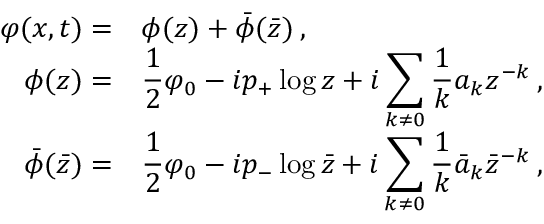
\begin{array} { r l } { { \displaystyle \varphi ( x , t ) = } } & { { \phi ( z ) + \bar { \phi } ( \bar { z } ) \: , } } \\ { { \phi ( z ) = } } & { { \displaystyle \frac { 1 } { 2 } \varphi _ { 0 } - i p _ { + } \log z + i \displaystyle \sum _ { k \neq 0 } \displaystyle \frac { 1 } { k } a _ { k } z ^ { - k } \: , } } \\ { { \bar { \phi } ( \bar { z } ) = } } & { { \displaystyle \frac { 1 } { 2 } \varphi _ { 0 } - i p _ { - } \log \bar { z } + i \displaystyle \sum _ { k \neq 0 } \displaystyle \frac { 1 } { k } \bar { a } _ { k } \bar { z } ^ { - k } \: , } } \end{array}